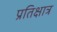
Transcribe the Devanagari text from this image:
प्रतिक्षात्र